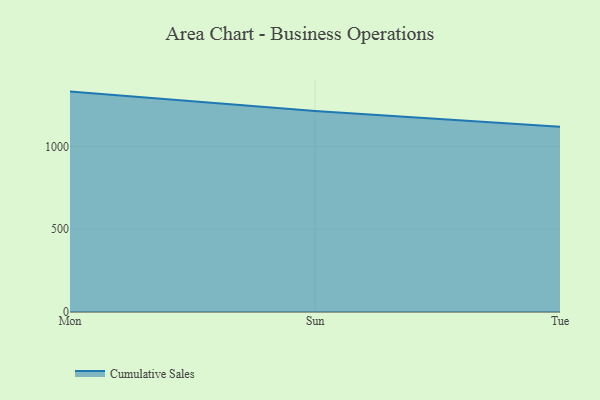
{"axis": {"x": "Day", "y": "Conversion Rate (%)"}, "legend": ["Cumulative Sales"], "data": [{"x": "Mon", "y": 1331.7, "type": "Cumulative Sales"}, {"x": "Sun", "y": 1215.2, "type": "Cumulative Sales"}, {"x": "Tue", "y": 1118.7, "type": "Cumulative Sales"}]}